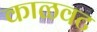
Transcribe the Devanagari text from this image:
काळवट